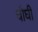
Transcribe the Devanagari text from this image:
चौघी